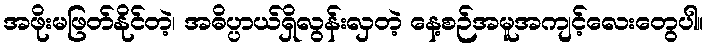
အဖိုးမဖြတ်နိုင်တဲ့၊ အဓိပ္ပာယ်ရှိလွန်းလှတဲ့ နေ့စဉ်အမူအကျင့်လေးတွေပါ။